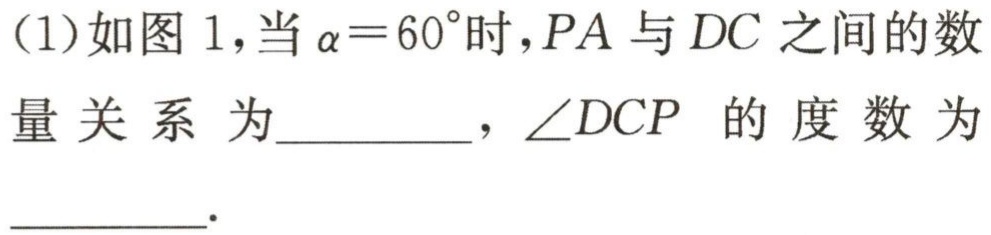
(1)如图1，当$\alpha = 60^{\circ}$时，$PA$与$DC$之间的数量关系为________，$\angle DCP$的度数为________.